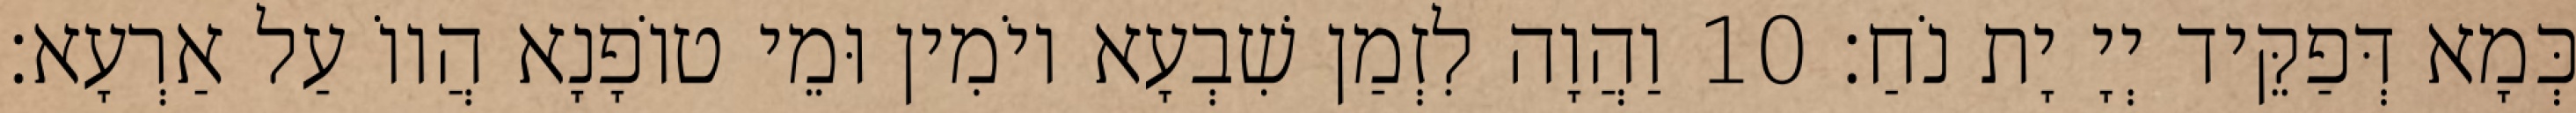
כְּמָא דְּפַקֵּיד יְיָ יָת נֹחַ׃ 10 וַהֲוָה לִזְמַן שִׁבְעָא יוֹמִין וּמֵי טוֹפָנָא הֲווֹ עַל אַרְעָא׃